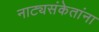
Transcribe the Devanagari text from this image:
नाट्यसंकेतांना